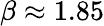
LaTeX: \beta\approx 1.85